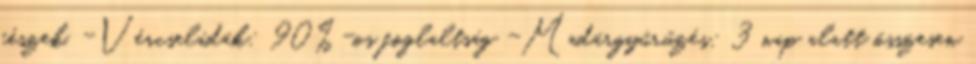
fészek, -Vércseládák: 90%-os foglaltság -Madárgyűrűzés: 3 nap alatt összesen